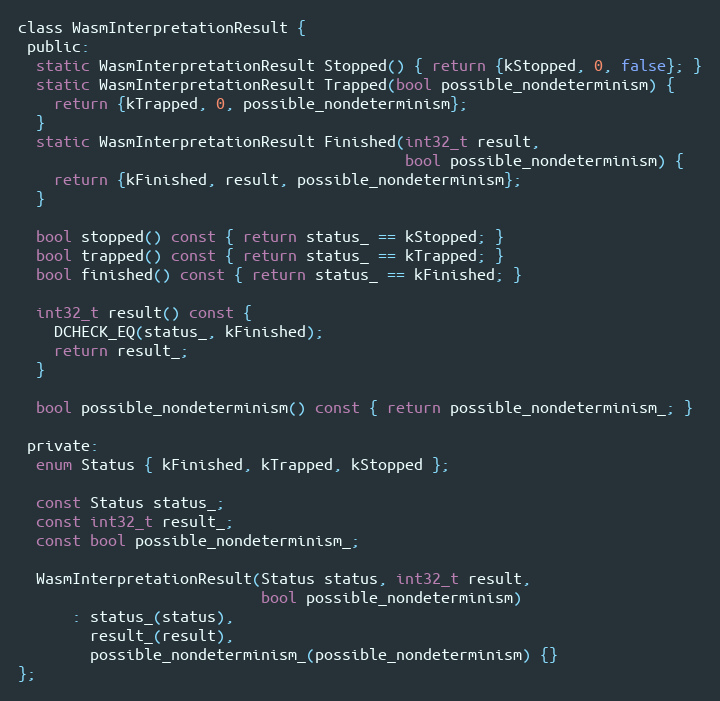
Language: C
class WasmInterpretationResult {
 public:
  static WasmInterpretationResult Stopped() { return {kStopped, 0, false}; }
  static WasmInterpretationResult Trapped(bool possible_nondeterminism) {
    return {kTrapped, 0, possible_nondeterminism};
  }
  static WasmInterpretationResult Finished(int32_t result,
                                           bool possible_nondeterminism) {
    return {kFinished, result, possible_nondeterminism};
  }

  bool stopped() const { return status_ == kStopped; }
  bool trapped() const { return status_ == kTrapped; }
  bool finished() const { return status_ == kFinished; }

  int32_t result() const {
    DCHECK_EQ(status_, kFinished);
    return result_;
  }

  bool possible_nondeterminism() const { return possible_nondeterminism_; }

 private:
  enum Status { kFinished, kTrapped, kStopped };

  const Status status_;
  const int32_t result_;
  const bool possible_nondeterminism_;

  WasmInterpretationResult(Status status, int32_t result,
                           bool possible_nondeterminism)
      : status_(status),
        result_(result),
        possible_nondeterminism_(possible_nondeterminism) {}
};